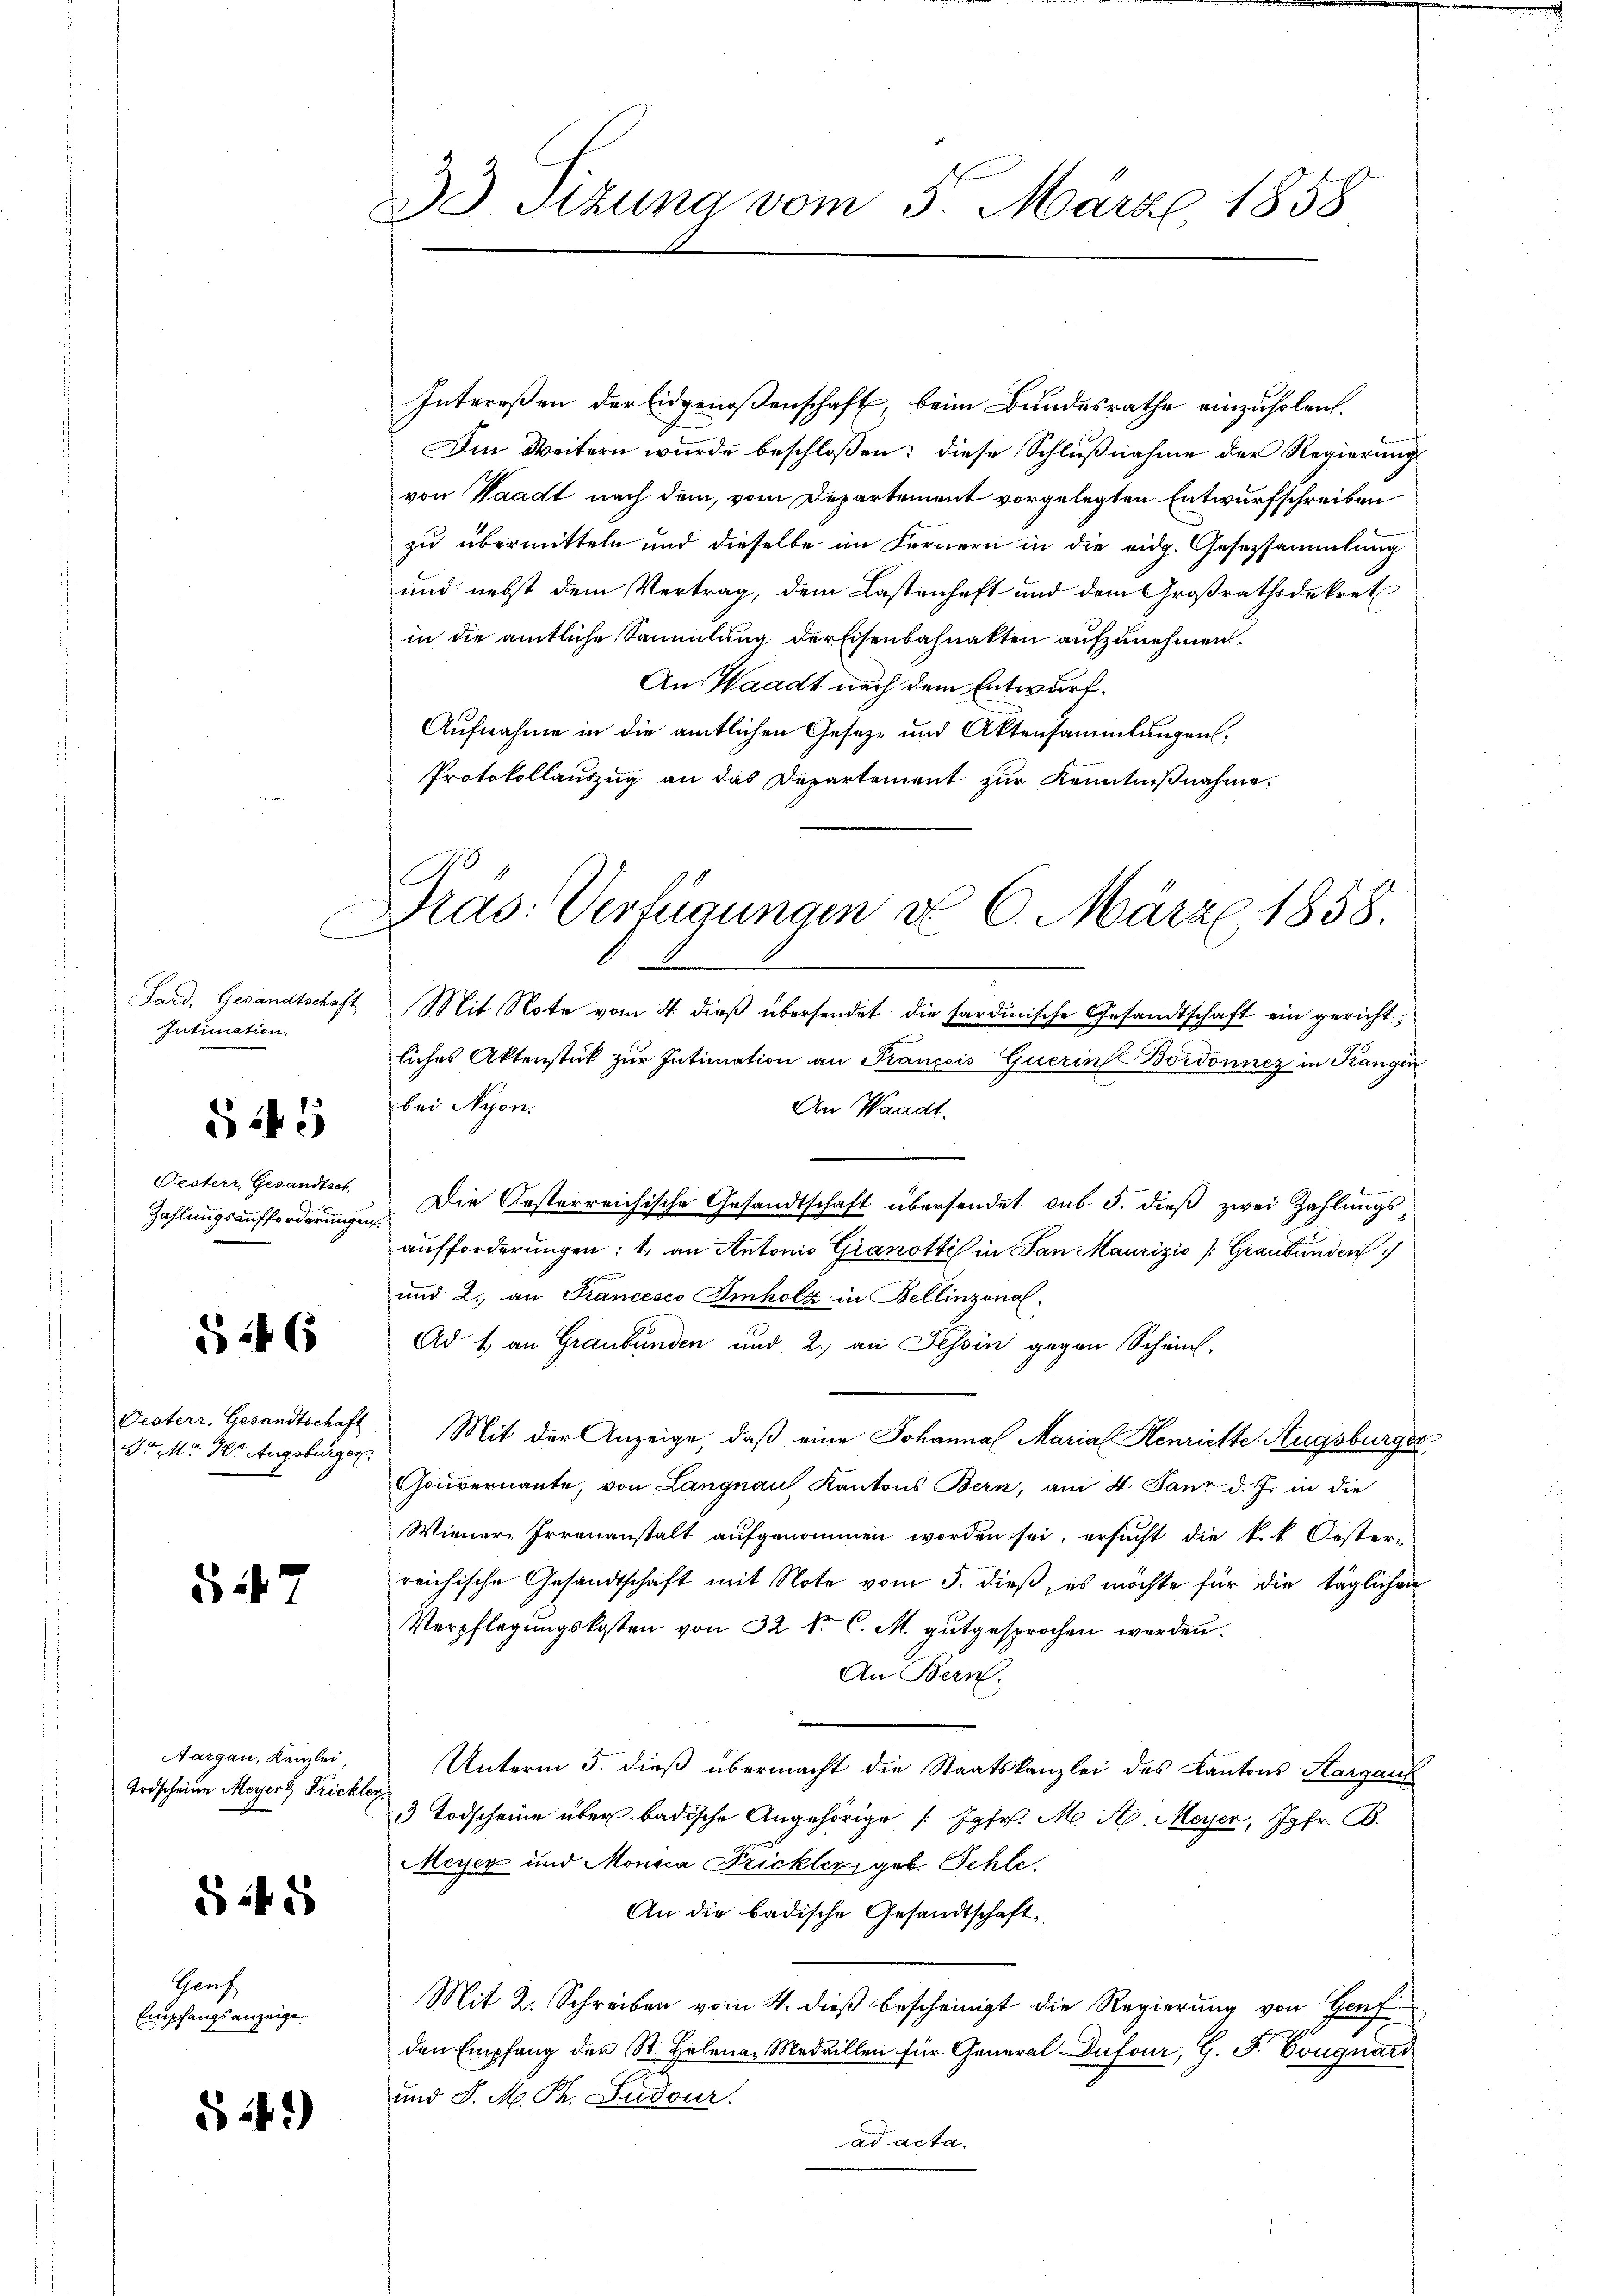
Sard. Gesandtschaft
Intimation.

§ 241

Festerr, Gesandtsch,

§ 246

Fo M. Hr. Augsbürger

Si 7

Aargau, Kanzlei,
Todscheine Meyerz Frickler

§ 248

Genf
Empfangsanzeige.

542)

33 Tizuna vom 5. März 1858

Intereßen der Eidgenoßenschaft, beim Bundesrathe einzuholen.
Im Weitern wurde beschlossen: diese Schlußnahme der Regierung
von Waadt nach dem, vom Departement vorgelegten Entwurfschreiben
zu übermitteln und dieselbe im Fernern in die eidg. Gesetzsammlung
und nebst dem Vertrag, dem Lastenhaft und dem Großrathsdekret
in die amtliche Sammlung der Eisenbahnakten aufzunehmen,
An Waadt nach dem Entwurf.
Aufnahme in die amtlichen Geseze und Aktensammlungen,
Protokollauszug an das Departement zur Kenntnißnahme.

C
Mas: Verfügungen d. 6. März 1858.

Mit Note vom 4. dieß übersendet die sardinische Gesandtschaft ein gericht,
liches Aktenstück zŭr Intimation an François Querin Bordonnez in Kangin
bei Nyon.
An Waadt.
Zahlungsaufforderungen. Die Resterreichische Gesandtschaft übersendet sub 5. dieß zwei Zahlungsaufforderungen: 1. an Antonio Granotti in San Maurizio (Graubünden
und 2. an Francesco Imholz in Bellinzonal
Ad 1. an Graubünden und 2., an Tessin gegen Scheint.
Besterr. Gesandtschaft Mit der Anzeige, daß eine Johanna Marial Henriette Augsburge
Gouvernannte, von Langnau, Kantons Bern, am 4. Janz d. J. in die
Wiener-Irrenanstalt aufgenommen worden sei, ersucht die k.k. Oester-
reichische Gesandtschaft mit Note vom 5. dieß, es möchte für die täglichen
Verpflegungskosten von 32 kr. C. M. gutgesprochen werden.
An Bern.
Unterm 5. dieß übermacht die Staatskanzlei des Kantons Aargau
3 Todscheine über badische Angehörige Jgfr. M. A. Meyer, Jgfr. B.
Meyer und Monica Fricklers geb. Schle
An die badische Gesandtschaft
Mit 2. Schreiben vom 4. dieß bescheinigt die Regierung von Genf
den Empfang der St. Helena-Medaillen für General-Dufour, G. F. Bouguard
und S. M. Th. Ludour.
ad acta.